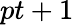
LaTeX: pt+1